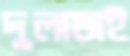
দুলাভাই